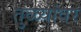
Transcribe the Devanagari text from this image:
तुळ्यांवर